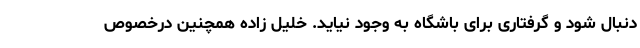
دنبال شود و گرفتاری برای باشگاه به وجود نیاید. خلیل زاده همچنین درخصوص